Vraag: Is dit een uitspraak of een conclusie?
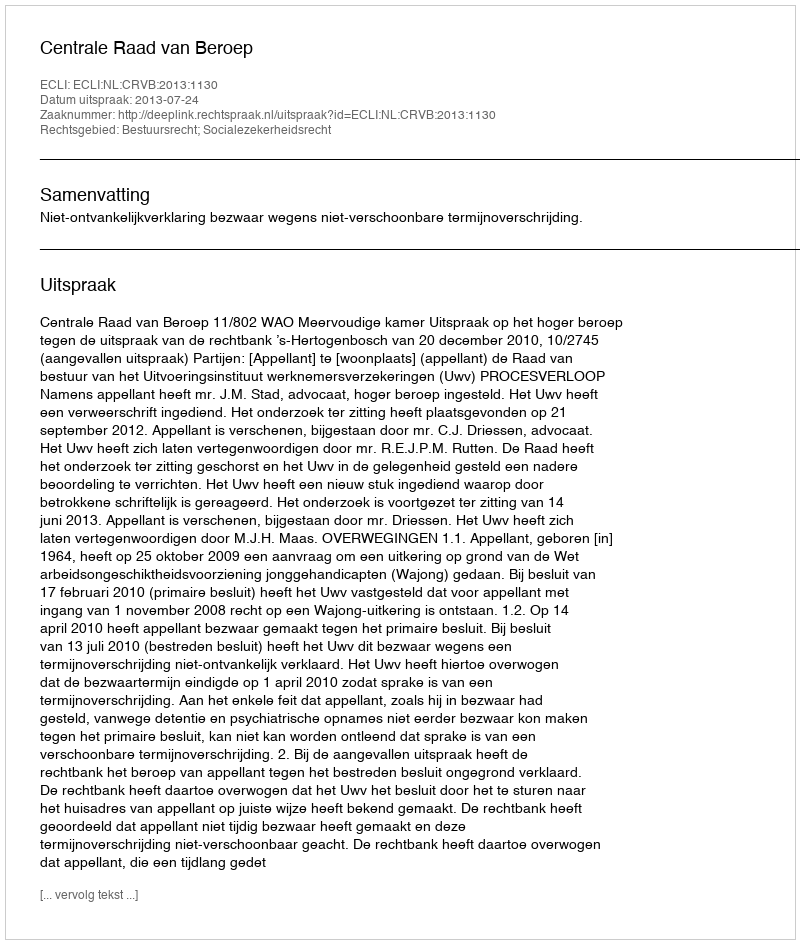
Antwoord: Uitspraak